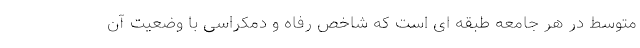
متوسط در هر جامعه طبقه ای است که شاخص رفاه و دمکراسی با وضعیت آن